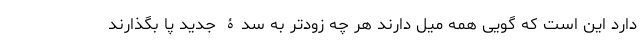
دارد این است که گویی همه میل دارند هر چه زودتر به سدۀ جدید پا بگذارند